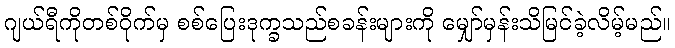
ဂျယ်ရီကိုတစ်ဝိုက်မှ စစ်ပြေးဒုက္ခသည်စခန်းများကို မျှော်မှန်းသိမြင်ခဲ့လိမ့်မည်။